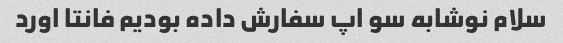
سلام نوشابه سو اپ سفارش داده بودیم فانتا اورد